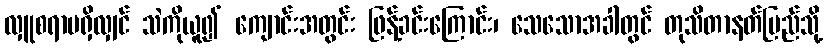
လှူစရာမရှိလျှင် သဲကိုယူ၍ ကျောင်းအတွင်း ဖြန့်ခင်းကြောင်း၊ သေသောအခါတွင် တုသိတာနတ်ပြည်သို့